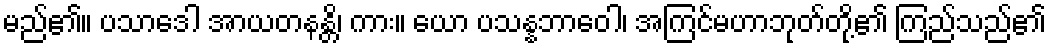
မည်၏။ ပသာဒေါ အာယတနန္တိ၊ ကား။ ယော ပသန္နဘာဝေါ၊ အကြင်မဟာဘုတ်တို့၏ ကြည်သည်၏